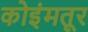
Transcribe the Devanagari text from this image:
कोइंमतूर